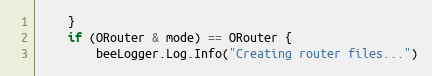
Language: Go
	}
	if (ORouter & mode) == ORouter {
		beeLogger.Log.Info("Creating router files...")